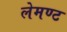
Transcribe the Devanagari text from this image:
लेमण्ट